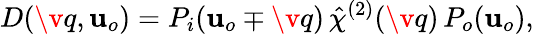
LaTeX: D(\v q,\mathbf{u}_{o})=P_{i}(\mathbf{u}_{o}\mp\v q)\, \hat{\chi}^{(2)}(\v q)\, P_{o}(\mathbf{u}_{o}),